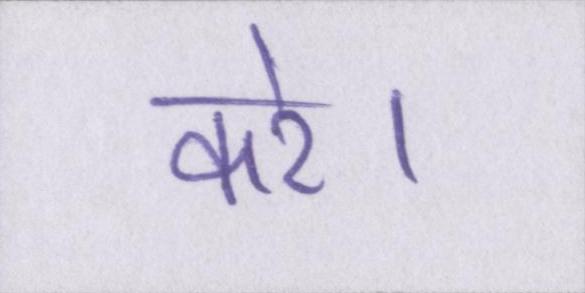
करे।